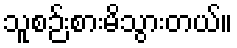
သူစဉ်းစားမိသွားတယ်။